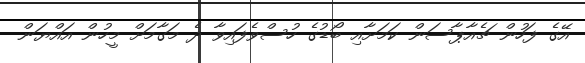
އޭގެ ފަހުން ޗެއާޕާސަން ކަމަށާއި ބޯޑުގެ ހުސްވެފައިވާ ދެ މަގާމަށް މީހުން އައްޔަން